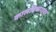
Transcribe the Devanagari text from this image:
कालविभागावर